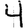
Digit: 4